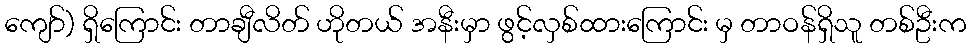
ကျော်) ရှိကြောင်း တာချီလိတ် ဟိုတယ် အနီးမှာ ဖွင့်လှစ်ထားကြောင်း မှ တာဝန်ရှိသူ တစ်ဦးက